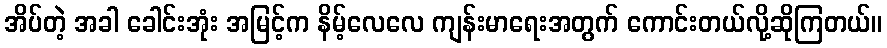
အိပ်တဲ့ အခါ ခေါင်းအုံး အမြင့်က နိမ့်လေလေ ကျန်းမာရေးအတွက် ကောင်းတယ်လို့ဆိုကြတယ်။